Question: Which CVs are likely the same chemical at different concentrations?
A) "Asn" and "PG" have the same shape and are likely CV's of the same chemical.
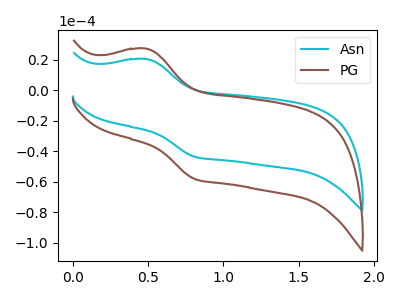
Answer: <think>The cyan curve "Asn" has an anodic peak at (0.50V, 20.40uA) and a cathodic peak at (0.80V, -43.65uA). The brown curve "PG" has an anodic peak at (0.50V, 27.20uA) and a cathodic peak at (0.80V, -58.15uA).
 All the peaks in "Asn" have a peak in "PG" at the same potential. Every peak in "Asn" is lower than every peak in "PG".</think>
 <answer>A) "Asn" and "PG" have the same shape and are likely CV's of the same chemical.</answer>
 <eval>A</eval>